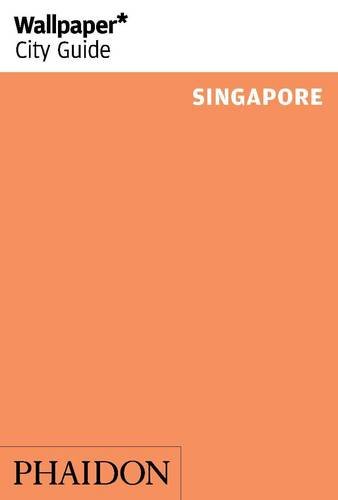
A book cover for Wallpaper* City Guide Singapore 2014; Travel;